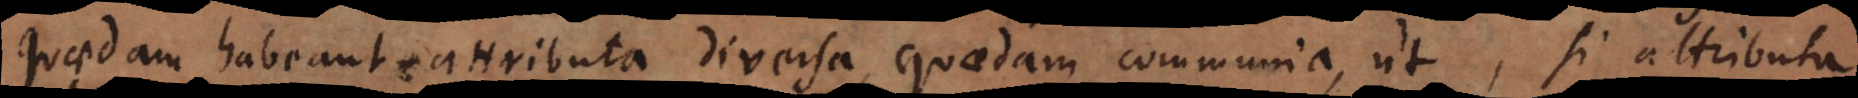
quaedam habeant attributa diversa, quaedam communia, ut, si attributa